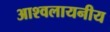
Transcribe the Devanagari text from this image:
आश्वलायनीय